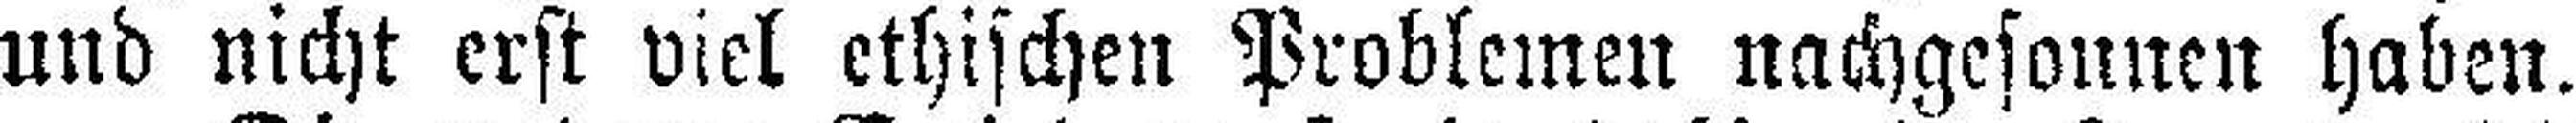
und nicht erst viel ethischen Problemen nachgesonnen haben.